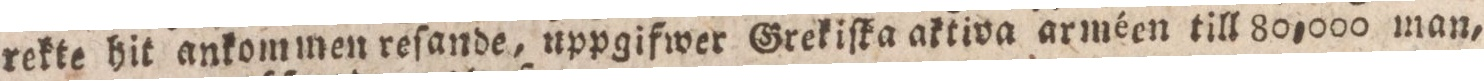
rekte hit ankommen reſande, uppgifwer Grekiſka aktiva arméen till 80,000 man,